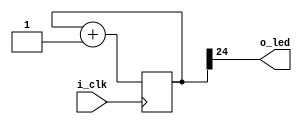
// Blink 1.4Hz @24MHz
module blink (input i_clk, output o_led);
    reg [31:0] counter = 0;

    assign o_led = counter[24];

    always @(posedge i_clk) begin
        counter <= counter + 1'b1;
    end
endmodule